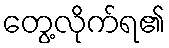
တွေ့လိုက်ရ၏